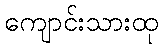
ကျောင်းသားထု